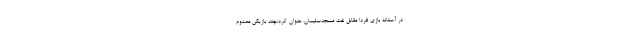
در آستانه بازی فردا مقابل نفت مسجدسلیمان، عنوان کرد:چند بازیکن مصدوم